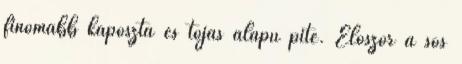
finomabb káposzta és tojás alapú pite. Először a sós